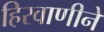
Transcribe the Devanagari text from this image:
हिरवाणीने